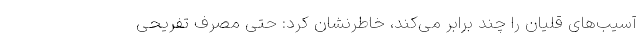
آسیب‌های قلیان را چند برابر می‌کند، خاطرنشان کرد: حتی مصرف تفریحی